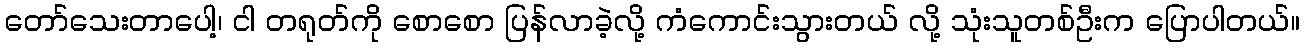
တော်သေးတာပေါ့၊ ငါ တရုတ်ကို စောစော ပြန်လာခဲ့လို့ ကံကောင်းသွားတယ် လို့ သုံးသူတစ်ဦးက ပြောပါတယ်။